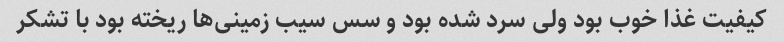
کیفیت غذا خوب بود ولی سرد شده بود و سس سیب زمینی‌ها ریخته بود با تشکر